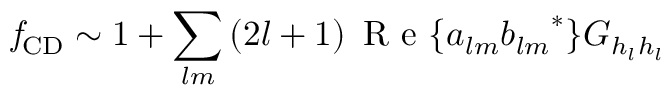
\mathit { f } _ { \mathrm { { C D } } } \sim 1 + \sum _ { l m } \left( 2 l + 1 \right) \mathrm { ~ R ~ e ~ } \{ a _ { l m } { b _ { l m } } ^ { * } \} G _ { h _ { l } h _ { l } }